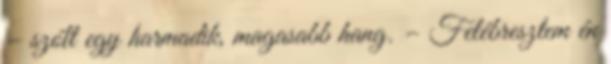
– szólt egy harmadik, magasabb hang. – Felébresztem én